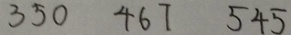
3 5 0 4 6 7 5 4 5